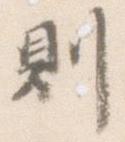
則